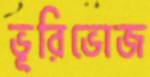
ভূরিভোজ